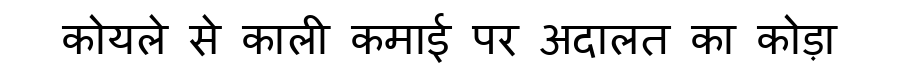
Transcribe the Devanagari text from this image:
कोयले से काली कमाई पर अदालत का कोड़ा